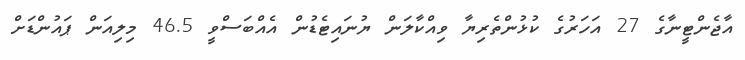
އާޖެންޓީނާގެ 27 އަހަރުގެ ކުޅުންތެރިޔާ ވިއްކާލަން ޔުނައިޓެޑުން އެއްބަސްވީ 46.5 މިލިއަން ޕައުންޑަށް